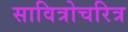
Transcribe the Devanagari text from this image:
सावित्रोचरित्र